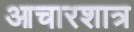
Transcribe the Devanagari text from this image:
आचारशात्र